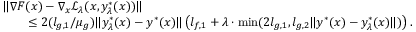
\begin{array} { r l } & { \| \nabla F ( x ) - \nabla _ { x } \mathcal { L } _ { \lambda } ( x , y _ { \lambda } ^ { * } ( x ) ) \| } \\ & { \qquad \le 2 ( l _ { g , 1 } / \mu _ { g } ) \| y _ { \lambda } ^ { * } ( x ) - y ^ { * } ( x ) \| \left( l _ { f , 1 } + \lambda \cdot \operatorname* { m i n } ( 2 l _ { g , 1 } , l _ { g , 2 } \| y ^ { * } ( x ) - y _ { \lambda } ^ { * } ( x ) \| ) \right) . } \end{array}